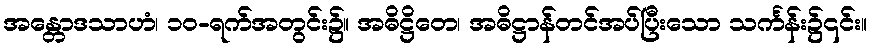
အန္တောဒသာဟံ၊ ၁၀-ရက်အတွင်း၌။ အဓိဋ္ဌိတေ၊ အဓိဋ္ဌာန်တင်အပ်ပြီးသော သင်္ကန်း၌၎င်း။